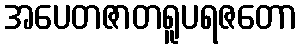
အပေတဇာတရူပရဇတော